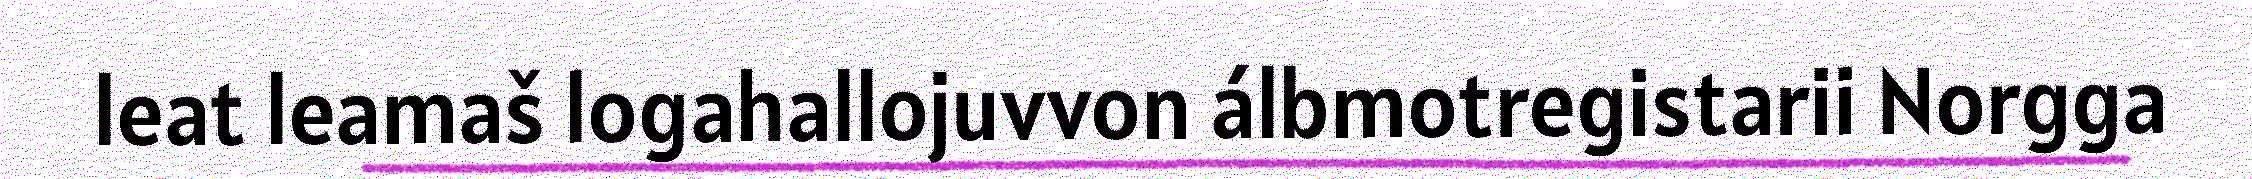
leat leamaš logahallojuvvon álbmotregistarii Norgga